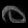
Digit: ၀